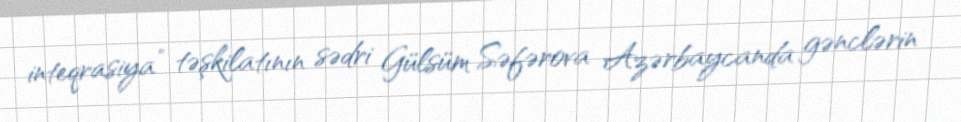
inteqrasiya” təşkilatının sədri Gülsüm Səfərova Azərbaycanda gənclərin